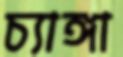
চ্যাঙ্গা